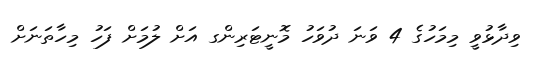
ވިދާޅުވީ މިމަހުގެ 4 ވަނަ ދުވަހު މޮނީޓަރިންގ އަށް ލުމަށް ފަހު މިހާތަނަށް